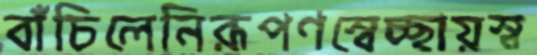
বাঁচিলেনিরূপণস্বেচ্ছায়স্ব